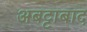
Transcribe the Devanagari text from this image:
अबट्टाबाद